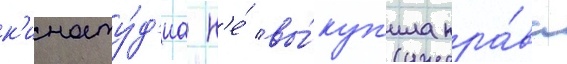
к'иносту́д'иа н'е́ вы́куп'ила пра́ва